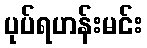
ပုပ်ရဟန်းမင်း